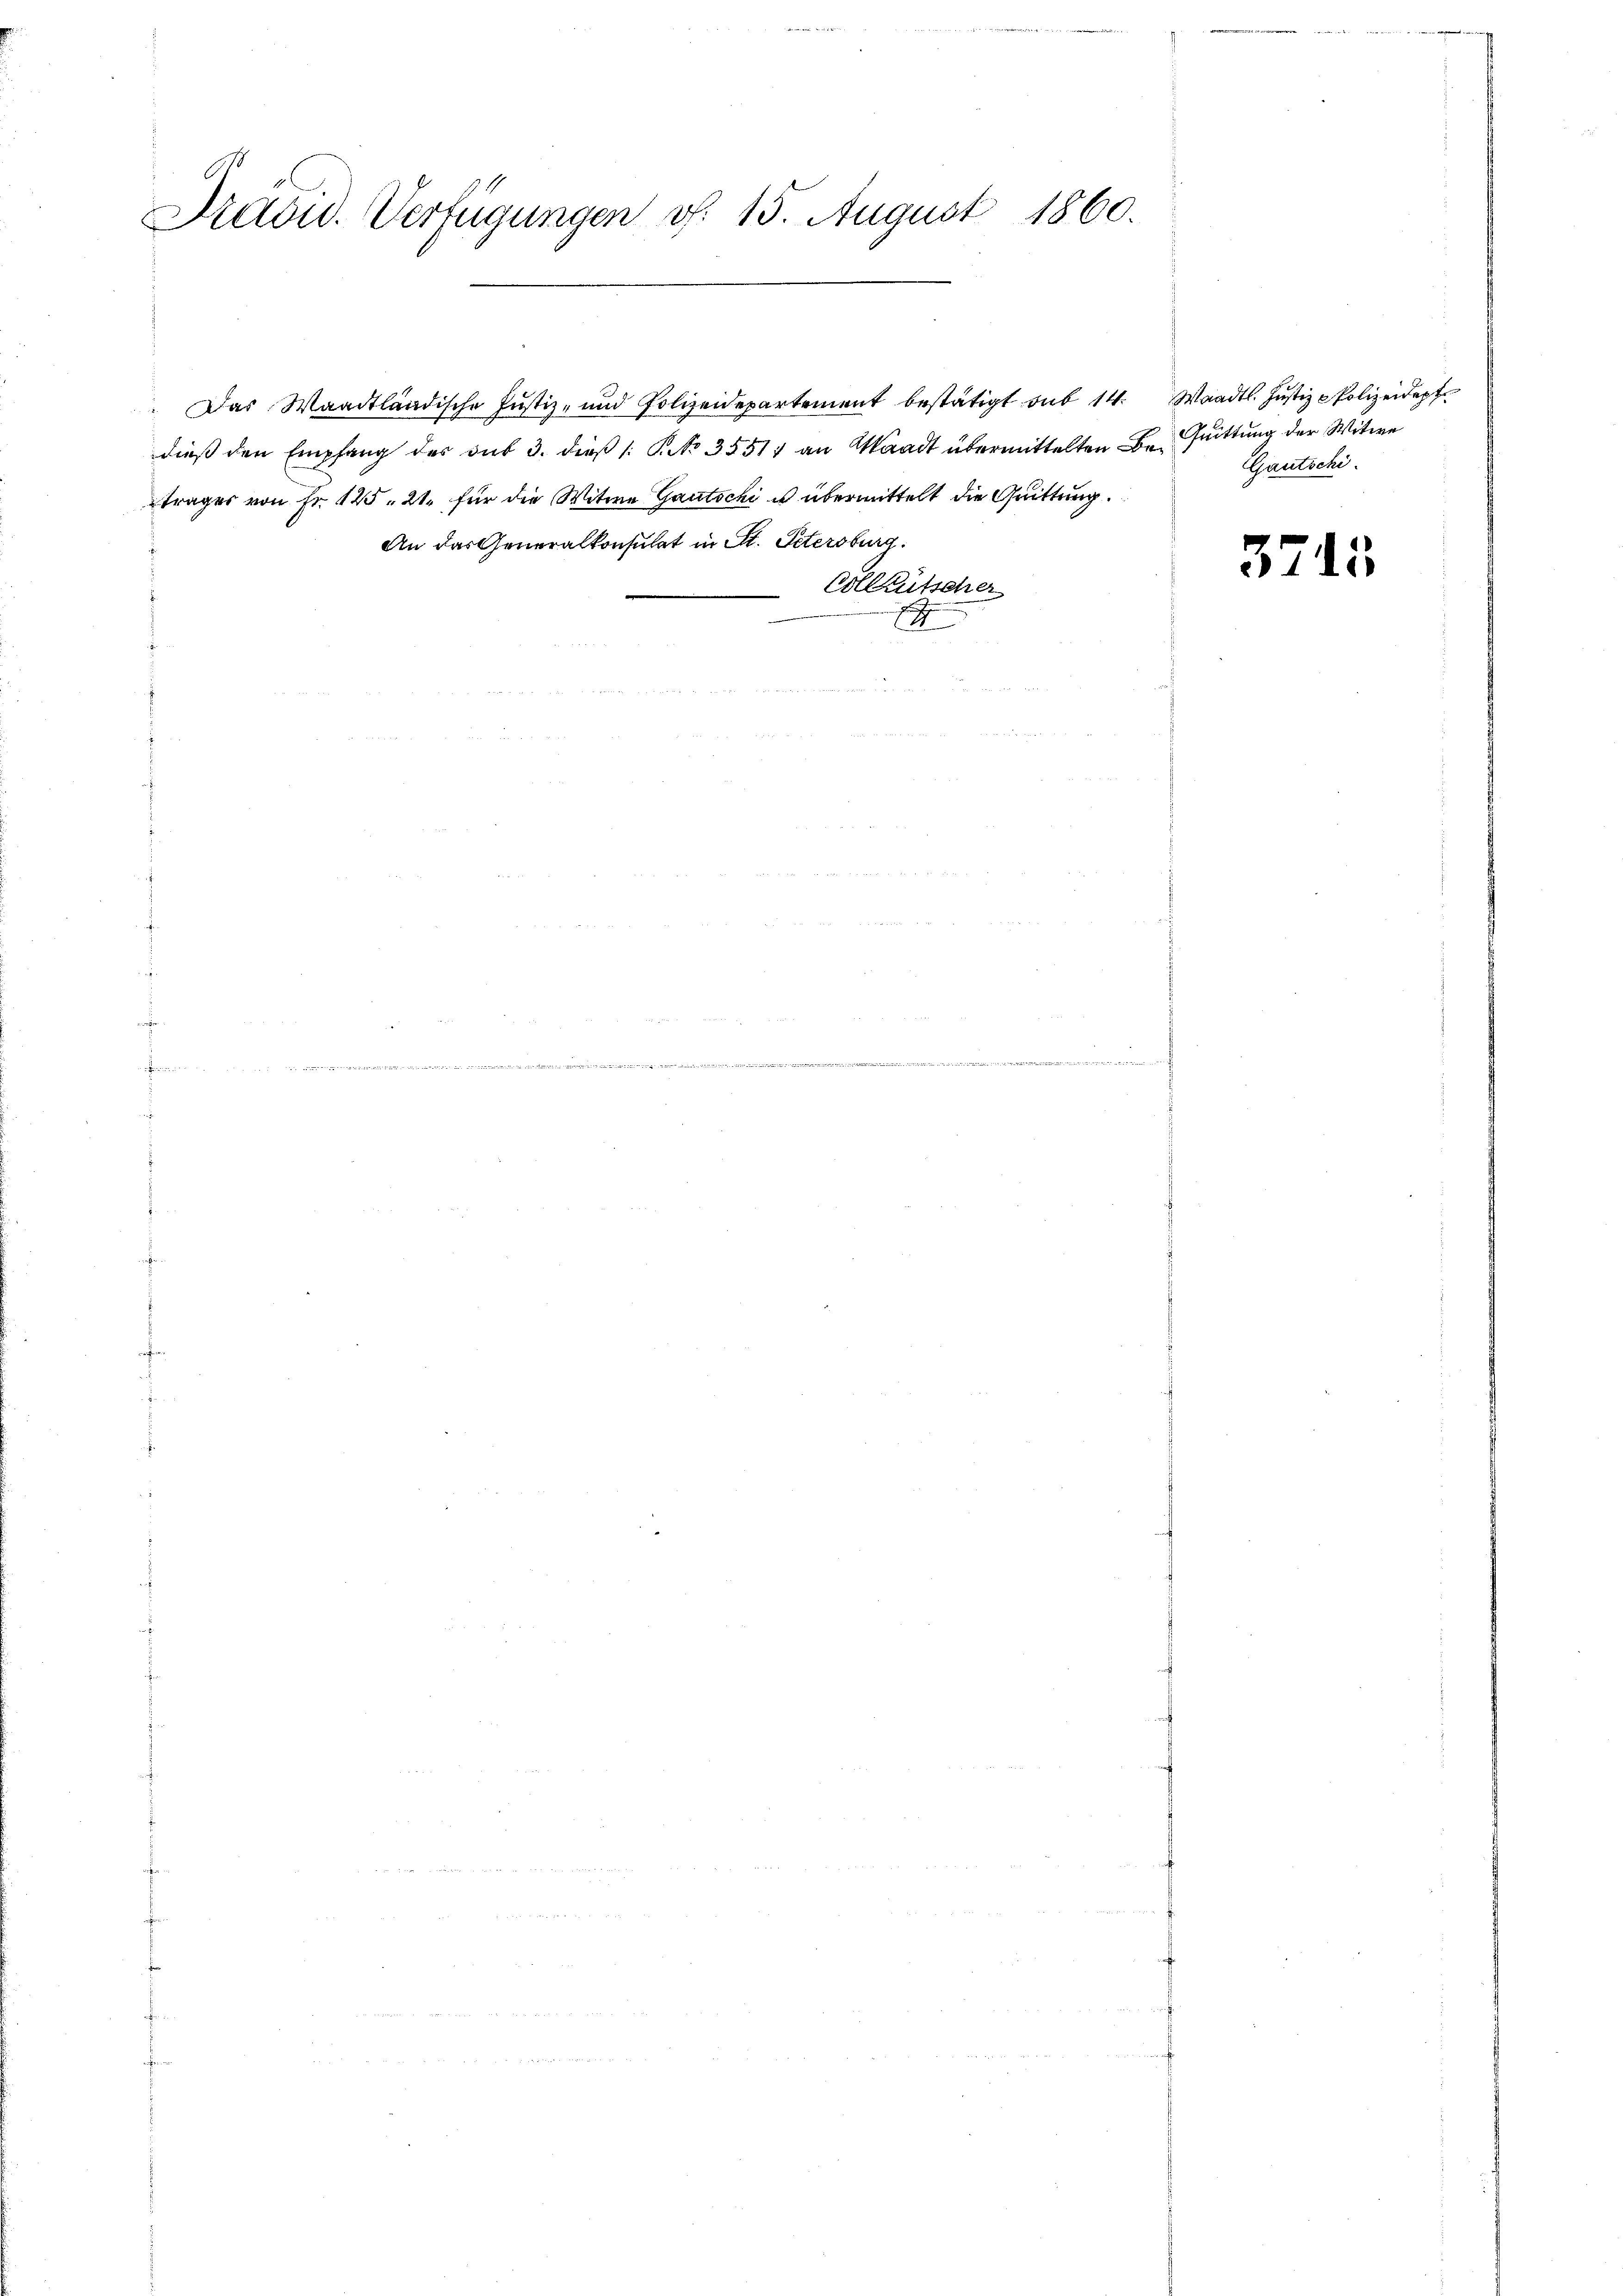
Tradid. Verfügungen v. 15. August 1860.

dieß den Empfang des sub 3. dieβ (: P. No 35517 an Waadt übermittelten Beträger von Fr. 125. 21. für die Witwe Gautschi u übermittelt die Quittung.
An das Generalkonsulat in St. Petersburg.
Vollkutscher
s

Das Waadtländische Jŭstiz- und Polizeidepartement bestätigt sub 14. Waadt. Jŭstiz - Polizeidept

Quittung der Witwe
Gautschi

3745.